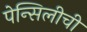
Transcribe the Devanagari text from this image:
पेन्सिलीची